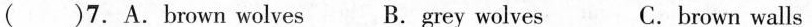
( )7.A.brown wolves B.grey wolves C. brown walls